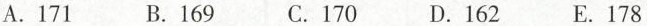
A.171 B.169 C.170 D.162 E.178